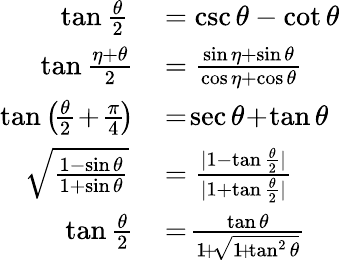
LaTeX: \begin{array}{rl}{\tan{\frac{\theta}{2}}}&{{}=\csc\theta-\cot\theta}\\ {\tan{\frac{\eta+\theta}{2}}\! }&{{}={\frac{\sin\eta+\sin\theta}{\cos\eta+\cos\theta}}}\\ {\tan\left(\! {\frac{\theta}{2}}\! +\! {\frac{\pi}{4}}\! \right)\! }&{{}=\! \sec\theta\! +\! \tan\theta}\\ {{\sqrt{\frac{1-\sin\theta}{1+\sin\theta}}}}&{{}={\frac{|1-\tan{\frac{\theta}{2}}|}{|1+\tan{\frac{\theta}{2}}|}}}\\ {\tan{\frac{\theta}{2}}\! }&{{}=\! {\frac{\tan\theta}{1\! +\! {\sqrt{1\! +\! \tan^{2}\theta}}}}}\end{array}